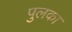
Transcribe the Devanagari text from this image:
पुलका